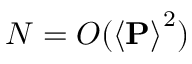
N = O ( \left< \mathbf { P } \right> ^ { 2 } )